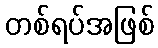
တစ်ရပ်အဖြစ်